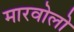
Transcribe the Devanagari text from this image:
मारवोलो